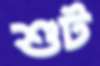
শুট